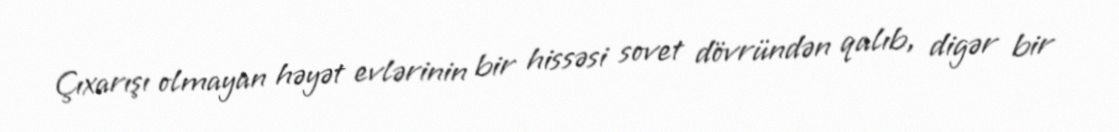
Çıxarışı olmayan həyət evlərinin bir hissəsi sovet dövründən qalıb, digər bir